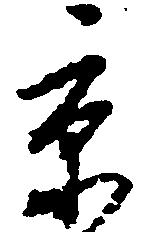
京